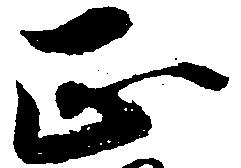
正